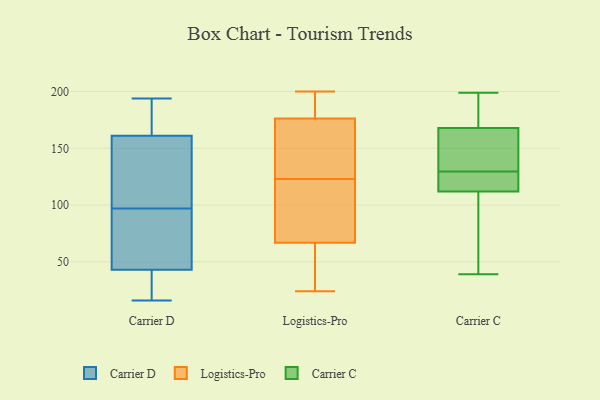
{"axis": {"x": "Backlog", "y": "Value"}, "legend": ["Carrier C", "Carrier D", "Logistics-Pro"], "data": [{"x": "", "y": 121, "type": "Carrier D"}, {"x": "", "y": 194, "type": "Carrier D"}, {"x": "", "y": 43, "type": "Carrier D"}, {"x": "", "y": 59, "type": "Carrier D"}, {"x": "", "y": 19, "type": "Carrier D"}, {"x": "", "y": 183, "type": "Carrier D"}, {"x": "", "y": 139, "type": "Carrier D"}, {"x": "", "y": 16, "type": "Carrier D"}, {"x": "", "y": 161, "type": "Carrier D"}, {"x": "", "y": 73, "type": "Carrier D"}, {"x": "", "y": 154, "type": "Logistics-Pro"}, {"x": "", "y": 70, "type": "Logistics-Pro"}, {"x": "", "y": 171, "type": "Logistics-Pro"}, {"x": "", "y": 35, "type": "Logistics-Pro"}, {"x": "", "y": 165, "type": "Logistics-Pro"}, {"x": "", "y": 104, "type": "Logistics-Pro"}, {"x": "", "y": 136, "type": "Logistics-Pro"}, {"x": "", "y": 52, "type": "Logistics-Pro"}, {"x": "", "y": 123, "type": "Logistics-Pro"}, {"x": "", "y": 70, "type": "Logistics-Pro"}, {"x": "", "y": 87, "type": "Logistics-Pro"}, {"x": "", "y": 192, "type": "Logistics-Pro"}, {"x": "", "y": 195, "type": "Logistics-Pro"}, {"x": "", "y": 57, "type": "Logistics-Pro"}, {"x": "", "y": 24, "type": "Logistics-Pro"}, {"x": "", "y": 199, "type": "Logistics-Pro"}, {"x": "", "y": 200, "type": "Logistics-Pro"}, {"x": "", "y": 174, "type": "Carrier C"}, {"x": "", "y": 199, "type": "Carrier C"}, {"x": "", "y": 166, "type": "Carrier C"}, {"x": "", "y": 134, "type": "Carrier C"}, {"x": "", "y": 113, "type": "Carrier C"}, {"x": "", "y": 157, "type": "Carrier C"}, {"x": "", "y": 125, "type": "Carrier C"}, {"x": "", "y": 123, "type": "Carrier C"}, {"x": "", "y": 182, "type": "Carrier C"}, {"x": "", "y": 78, "type": "Carrier C"}, {"x": "", "y": 112, "type": "Carrier C"}, {"x": "", "y": 182, "type": "Carrier C"}, {"x": "", "y": 90, "type": "Carrier C"}, {"x": "", "y": 168, "type": "Carrier C"}, {"x": "", "y": 39, "type": "Carrier C"}, {"x": "", "y": 113, "type": "Carrier C"}, {"x": "", "y": 95, "type": "Carrier C"}, {"x": "", "y": 149, "type": "Carrier C"}]}